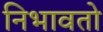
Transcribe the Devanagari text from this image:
निभावतो